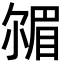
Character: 𡮠